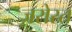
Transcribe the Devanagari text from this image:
जरोरत